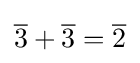
{\overline {3}}+{\overline {3}}={\overline {2}}